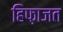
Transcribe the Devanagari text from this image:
हिफ़ाजत